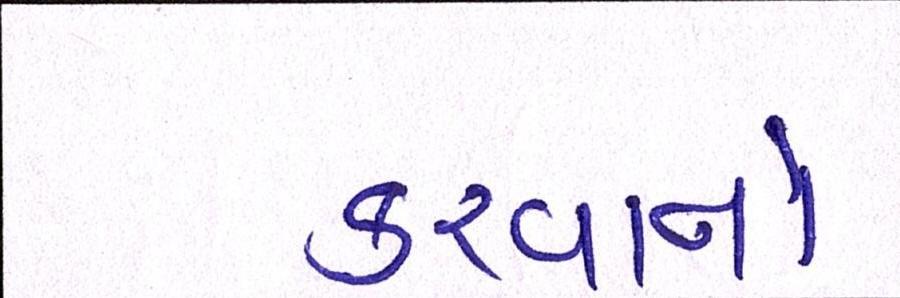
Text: કરવાનો